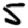
Digit: 5